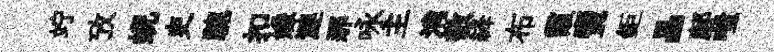
竚攷蜺吏驄扣嫌漣那咏主消敬絳布霞𧶠鉅晶鄜嗤